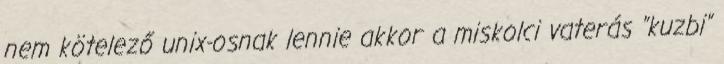
nem kötelező unix-osnak lennie akkor a miskolci vaterás "kuzbi"